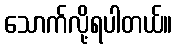
သောက်လို့ရပါတယ်။